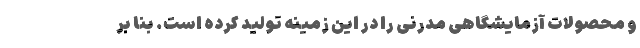
و محصولات آزمایشگاهی مدرنی را در این زمینه تولید کرده است. بنا بر